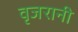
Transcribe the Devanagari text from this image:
वृजरानी